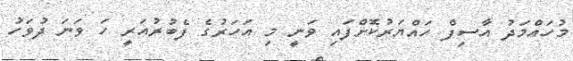
މުހައްމަދު އާސިފް ހައްޔަރުކޮށްފައި ވަނީ މި އަހަރުގެ ފެބުރުއަރީ ހަ ވަނަ ދުވަހު